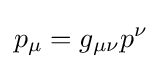
p_{\mu }=g_{\mu \nu }p^{\nu }